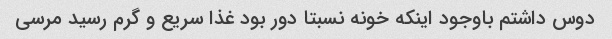
دوس داشتم باوجود اینکه خونه نسبتا دور بود غذا سریع و گرم رسید مرسی